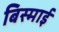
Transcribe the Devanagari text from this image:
बिस्माई